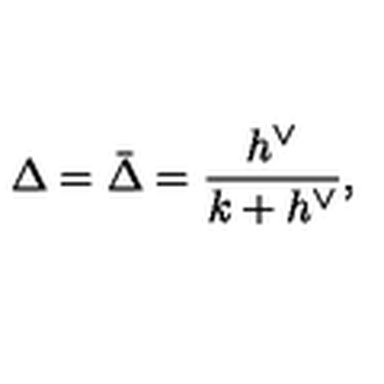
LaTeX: \Delta = \bar { \Delta } = \frac { h ^ { \vee } } { k + h ^ { \vee } } ,